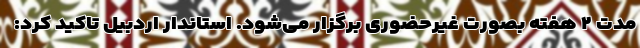
مدت ۲ هفته بصورت غیرحضوری برگزار می‌شود. استاندار اردبیل تاکید کرد: